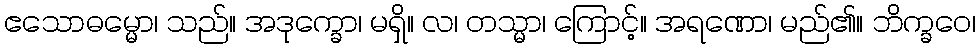
ဧသောဓမ္မော၊ သည်။ အဒုက္ခော၊ မရှိ။ လ၊ တသ္မာ၊ ကြောင့်။ အရဏော၊ မည်၏။ ဘိက္ခဝေ၊